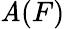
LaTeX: \mathit{A}(F)